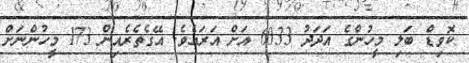
ކޮވިޑް ބަލި މީހުންގެ އަދަދު 6033 އަށް އަރައެވެ. އޭގެތެރެއިން 173 މީހުންނަށް